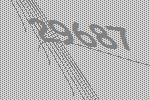
29687